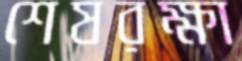
শেষরক্ষা